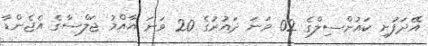
އޭދަފުށި ކައުންސިލްގެ 02 ވަނަ ދައުރުގެ 20 ވަނަ އާއްމު ޖަލްސާގެ އެޖެންޑާ